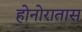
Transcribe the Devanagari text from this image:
होनोरातास